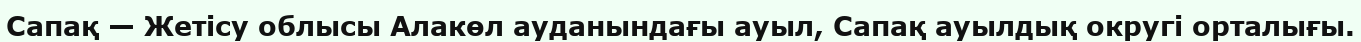
Сапақ — Жетісу облысы Алакөл ауданындағы ауыл, Сапақ ауылдық округі орталығы.